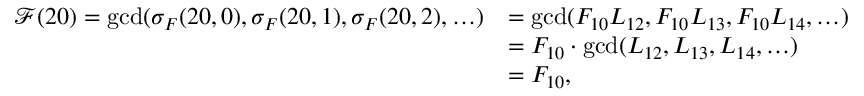
\begin{array} { r l } { \mathcal { F } ( 2 0 ) = \operatorname* { g c d } ( \sigma _ { F } ( 2 0 , 0 ) , \sigma _ { F } ( 2 0 , 1 ) , \sigma _ { F } ( 2 0 , 2 ) , \ldots ) } & { = \operatorname* { g c d } ( F _ { 1 0 } L _ { 1 2 } , F _ { 1 0 } L _ { 1 3 } , F _ { 1 0 } L _ { 1 4 } , \ldots ) } \\ & { = F _ { 1 0 } \cdot \operatorname* { g c d } ( L _ { 1 2 } , L _ { 1 3 } , L _ { 1 4 } , \ldots ) } \\ & { = F _ { 1 0 } , } \end{array}